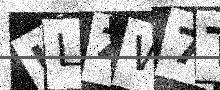
Text: ILZW7T